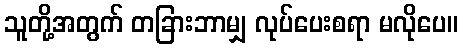
သူတို့အတွက် တခြားဘာမျှ လုပ်ပေးစရာ မလိုပေ။